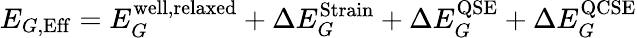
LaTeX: E_{G,{\mathrm{Eff}}}=E_{G}^{\mathrm{well,relaxed}}+\Delta E_{G}^{\mathrm{Strain}}+\Delta E_{G}^{\mathrm{QSE}}+\Delta E_{G}^{\mathrm{QCSE}}